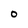
Character: 0